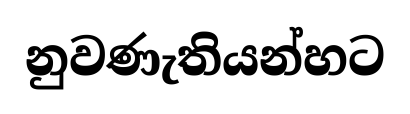
නුවණැතියන්හට